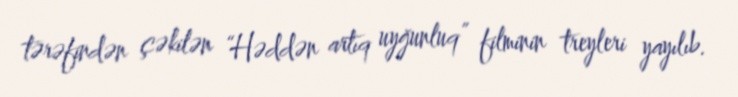
tərəfindən çəkilən “Həddən artıq uyğunluq” filminin treyleri yayılıb.